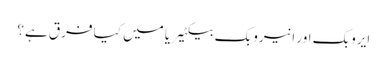
ایروبک اور انیروبک بیکٹیریا میں کیا فرق ہے؟